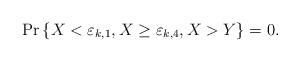
LaTeX: \begin{align*}\Pr\left\{X<\varepsilon_{k,1},X\ge\varepsilon_{k,4},X>Y\right\}=0. \end{align*}